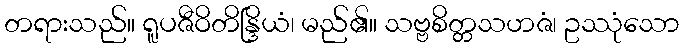
တရားသည်။ ရူပဇီဝိတိန္ဒြိယံ၊ မည်၏။ သဗ္ဗစိတ္တသဟဇံ၊ ဥဿုံသော